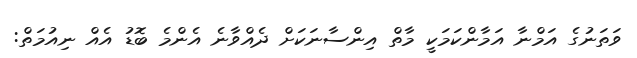
ވަތަނުގެ އަމްނާ އަމާންކަމަކީ މާތް އިންސާނަކަށް ދެއްވާނެ އެންމެ ބޮޑު އެއް ނިއުމަތް: